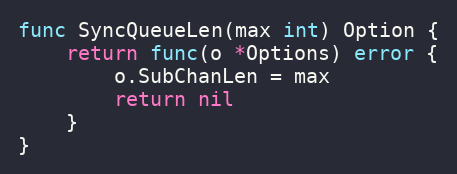
Language: Go
func SyncQueueLen(max int) Option {
	return func(o *Options) error {
		o.SubChanLen = max
		return nil
	}
}